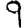
Digit: 9